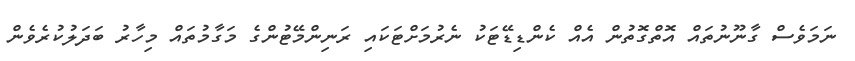
ނަމަވެސް ގާނޫނުތައް އޮތްގޮތުން އެއް ކެންޑިޑޭޓަކު ނެރުމަށްޓަކައި ރަނިންމޭޓުންގެ މަގާމުތައް މިހާރު ބަދަލުކުރެވެން